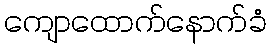
ကျောထောက်နောက်ခံ